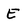
Character: E